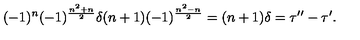
( - 1 ) ^ { n } ( - 1 ) ^ { \frac { n ^ { 2 } + n } { 2 } } \delta ( n + 1 ) ( - 1 ) ^ { \frac { n ^ { 2 } - n } { 2 } } = ( n + 1 ) \delta = \tau ^ { \prime \prime } - \tau ^ { \prime } .